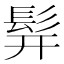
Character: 𬴧